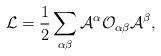
LaTeX: \begin{align*}{\cal L} = \frac{1}{2}\sum_{\alpha \beta} {\cal A}^{\alpha} {\cal O}_{\alpha\beta} {\cal A}^{\beta},\end{align*}